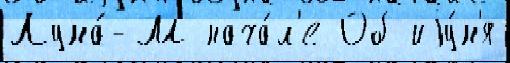
Луна́-М нача́л'е Об иjу́н'я